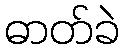
ဓာတ်ခဲ